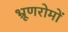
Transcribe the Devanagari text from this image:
भ्रूणरोमों